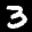
Label: 3